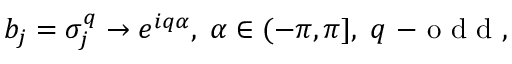
b _ { j } = \sigma _ { j } ^ { q } \rightarrow e ^ { i q \alpha } , \; \alpha \in ( - \pi , \pi ] , \; q \mathrm { ~ - ~ o ~ d ~ d ~ } ,